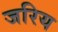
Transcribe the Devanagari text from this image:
जरिय